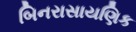
બિનરાસાયણિક